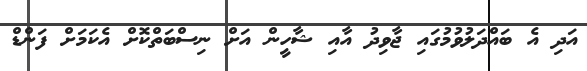
އަދި އެ ބައްދަލުވުމުގައި ޖާވިދު އާއި ޝާހީން އަށް ނިސްބަތްކޮށް އެކަމަށް ފަންޑް